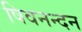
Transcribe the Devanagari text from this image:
षिवनन्दन